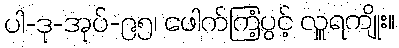
ပါ-ဒု-အုပ်-၉၅၊ ဖေါက်ကြံ့ပွင့် လှူရကျိုး။